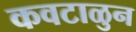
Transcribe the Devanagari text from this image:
कवटाळुन